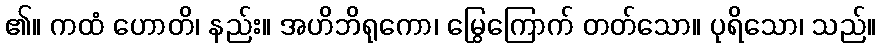
၏။ ကထံ ဟောတိ၊ နည်း။ အဟိဘိရုကော၊ မြွေကြောက် တတ်သော။ ပုရိသော၊ သည်။